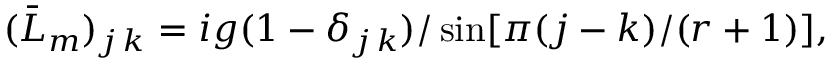
( \bar { L } _ { m } ) _ { j \, k } = i g ( 1 - \delta _ { j \, k } ) / \sin [ \pi ( j - k ) / ( r + 1 ) ] ,